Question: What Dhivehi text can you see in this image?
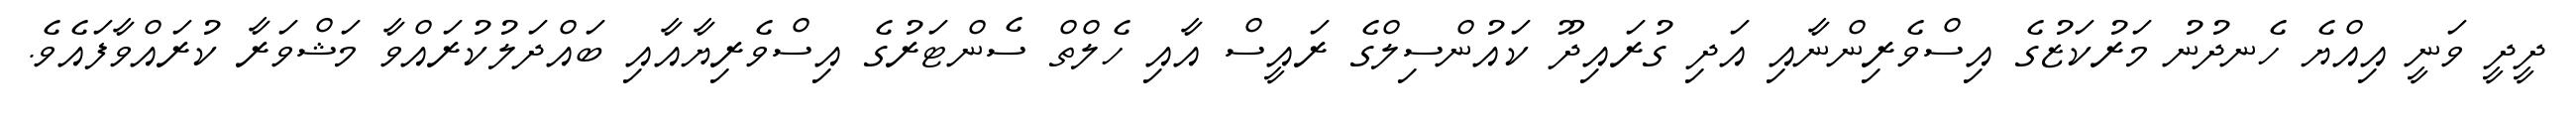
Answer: ދީދީ ވަނީ އިއްޔެ ހެނދުނު މަރުކަޒުގެ އިސްވެރިންނާއި އަދި ގުރައިދޫ ކައުންސިލްގެ ރައީސް އާއި ހެލްތް ސެންޓަރުގެ އިސްވެރިޔާއާއި ބައްދަލުކުރައްވާ މަޝްވަރާ ކުރައްވާފައެވެ.